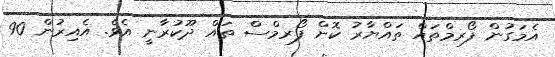
އެމަގުން ފޯރމްތައް ތައްޔާރު ކޮށް ފޯރމްސް ތައް ދޫކުރާނީ އެވެ. އެއިރުން 90